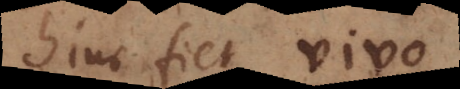
hinc fiet vivo